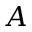
A